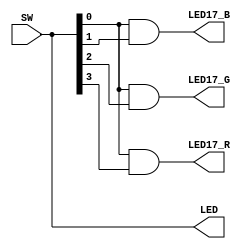
`timescale 1ns / 1ps
//////////////////////////////////////////////////////////////////////////////////
// Module Name: lab5
//////////////////////////////////////////////////////////////////////////////////


module lab5a(
    input [3:0] SW,
    output [3:0] LED,
    output LED17_B, 
    output LED17_G,
    output LED17_R
    );
    
    assign LED[0] = SW[0];
    assign LED[1] = SW[1];
    assign LED[2] = SW[2];
    assign LED[3] = SW[3];
    
    assign LED17_B = SW[0] & SW [1];
    assign LED17_G = SW[0] & SW [2];
    assign LED17_R = SW[0] & SW [3];
    
endmodule

module lab5b(
    input [3:0] SW,
    output[2:0] LED
);

wire e,f,g; 
wire a1, a0, b1 ,b0; 

assign a0 = SW[0]; 
assign a1 = SW[1]; 
assign b0 = SW[2]; 
assign b1 = SW[3]; 

assign LED[0] = e; 
assign LED[1] = f; 
assign LED[2] = g; 
   

assign e = (~b1 & ~b0 & ~a1 & ~a0) | (~b1 & b0 & ~a1 & a0) | ( b1 & ~b0 & a1 & ~a0) | (b1 & b0 & a1 & a0);
assign f = (~b1 & ~b0 & ~a1 & a0) | (~b1 & ~b0 & a1 & ~a0) | (~b1 & ~b0 & a1 & a0) | (~b1 & b0 & a1 & ~a0) | (~b1 & b0 & a1 & a0) | (b1 & ~b0 & a1 & a0); 
assign g = ~e & ~f; 

endmodule